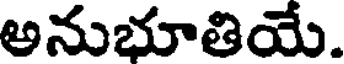
అనుభూతియే.